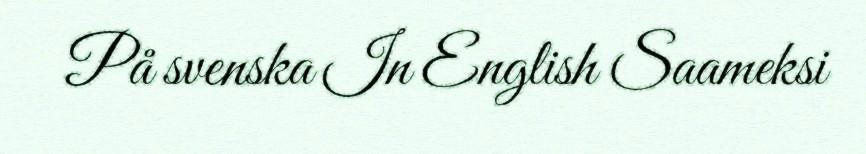
På svenska In English Saameksi